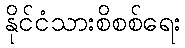
နိုင်ငံသားစိစစ်ရေး